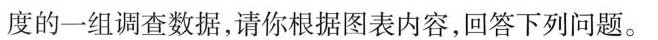
度的-组调查数据，请你根据图表内容，回答下列问题。